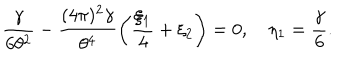
\frac { \gamma } { 6 \theta ^ { 2 } } - \frac { ( 4 \pi ) ^ { 2 } \gamma } { \theta ^ { 4 } } \left( \frac { \xi _ { 1 } } { 4 } + \xi _ { 2 } \right) = 0 , \eta _ { 1 } = \frac { \gamma } { 6 } .